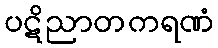
ပဋိညာတကရဏံ